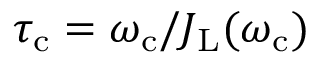
\tau _ { \mathrm { c } } = \omega _ { \mathrm { c } } / J _ { \mathrm { L } } ( \omega _ { \mathrm { c } } )